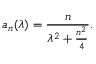
a _ { n } ( \lambda ) = \frac { n } { \lambda ^ { 2 } + \frac { n ^ { 2 } } { 4 } } .